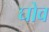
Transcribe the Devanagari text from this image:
घोव